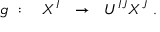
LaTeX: g \ : \quad X ^ { I } \ \ \rightarrow \ \ U ^ { I J } X ^ { J } \ .